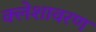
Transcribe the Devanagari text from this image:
क्लेशावरण